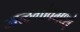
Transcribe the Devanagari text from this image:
जळगांवमध्ये